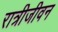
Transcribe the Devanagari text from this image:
रात्रीजीवन